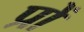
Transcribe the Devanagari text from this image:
प्रों